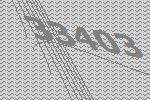
33403